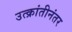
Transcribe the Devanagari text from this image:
उत्क्रांतीनंतर